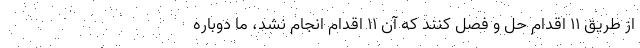
از طریق 11 اقدام حل و فصل کنند که آن 11 اقدام انجام نشد، ما دوباره